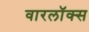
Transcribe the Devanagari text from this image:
वारलॉक्स